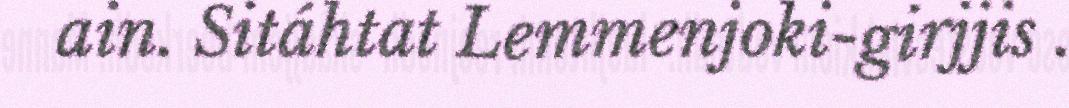
ain. Sitáhtat Lemmenjoki-girjjis .